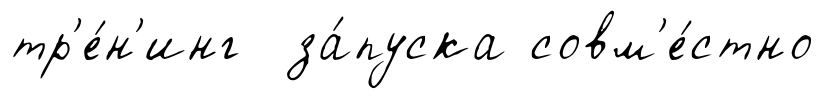
тр'е́н'инг за́пуска совм'е́стно